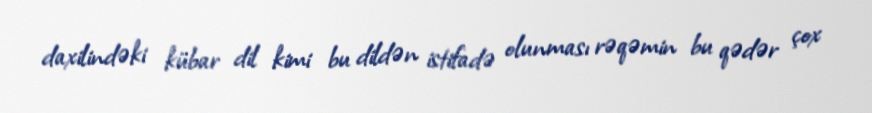
daxilindəki kübar dil kimi bu dildən istifadə olunması rəqəmin bu qədər çox